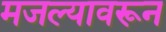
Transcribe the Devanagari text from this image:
मजल्यावरून